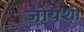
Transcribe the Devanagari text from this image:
जोयशी